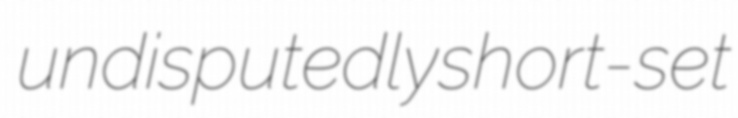
undisputedly short-set